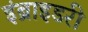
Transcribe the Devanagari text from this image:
इंब्राइडरी